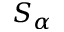
S _ { \alpha }